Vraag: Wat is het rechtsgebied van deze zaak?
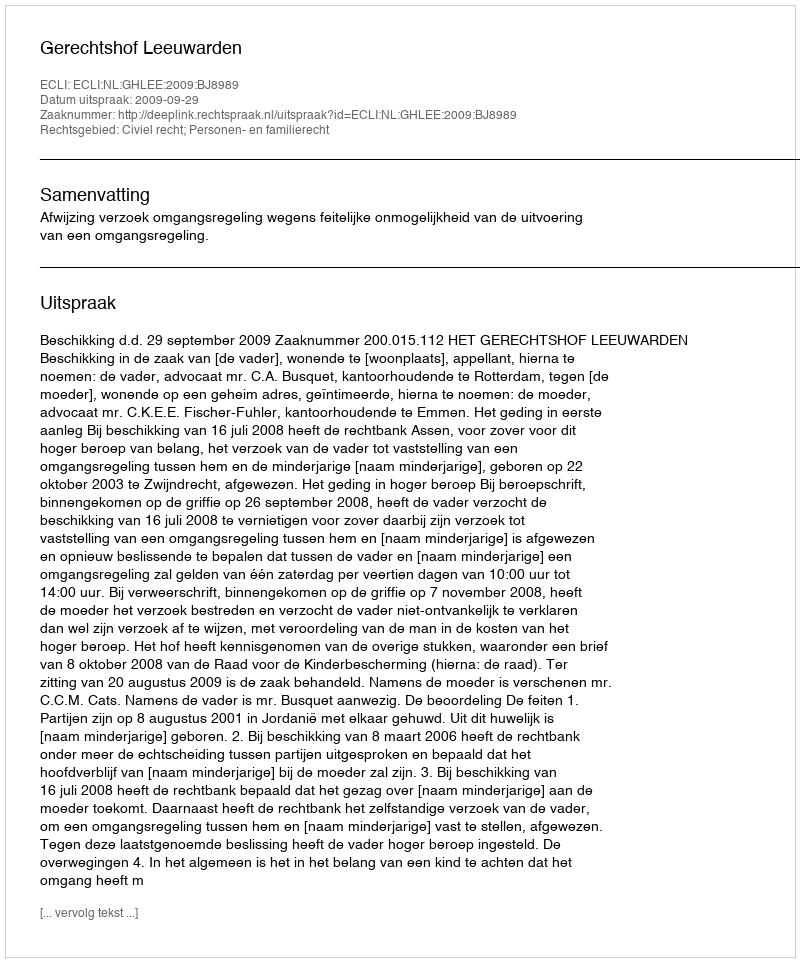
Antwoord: Civiel recht; Personen- en familierecht